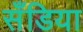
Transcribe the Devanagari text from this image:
सँडिया